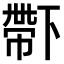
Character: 𠁑